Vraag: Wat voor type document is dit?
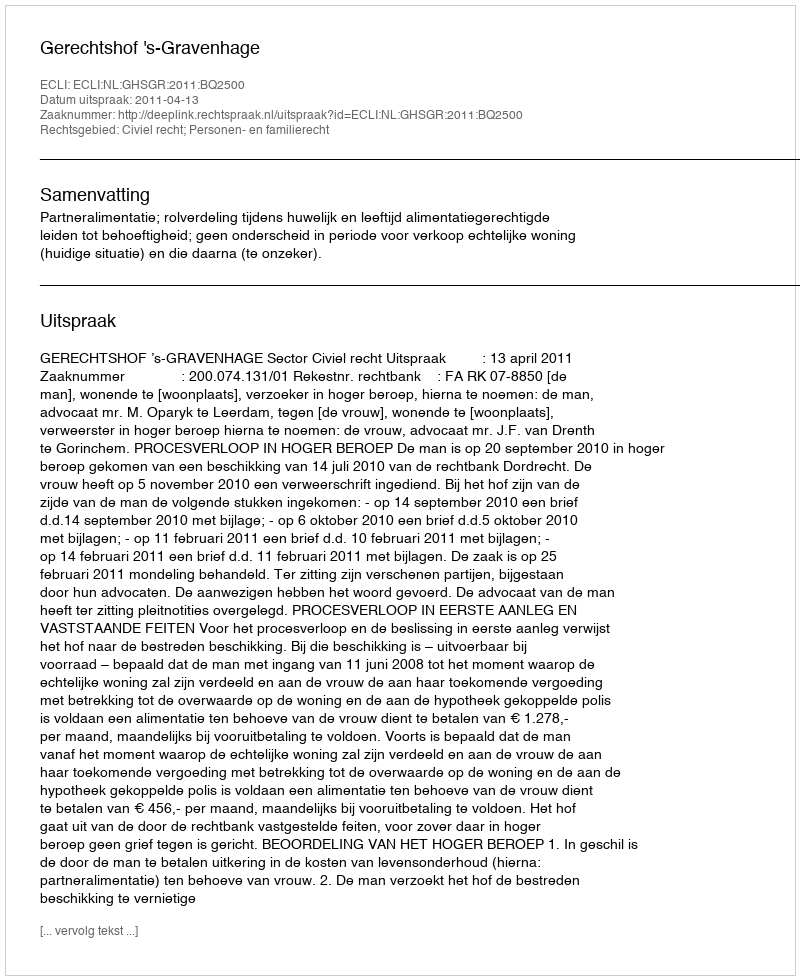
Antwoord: Uitspraak